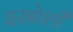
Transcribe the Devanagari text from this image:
इस्रोशी